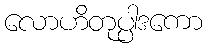
လောဟိတုပ္ပါဒကော